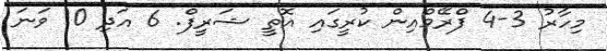
މިހާރު 3-4 ފްރޭމްއިން ކުރީގައި އޮތީ ޝަރީފް. 6 އަދި 10 ވަނަ